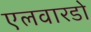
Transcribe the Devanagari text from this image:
एलवारडो